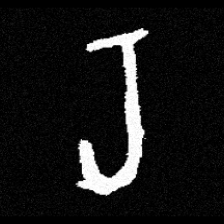
Pyu character \u2014 Myanmar letter: ရ (romanized: ra)